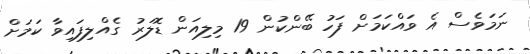
ނަމަވެސް އެ ވައްކަމަށް ފަހު ބޭންކުން 19 މިލިއަން ޑޮލަރު ގެއްލިފައިވާ ކަމަށް